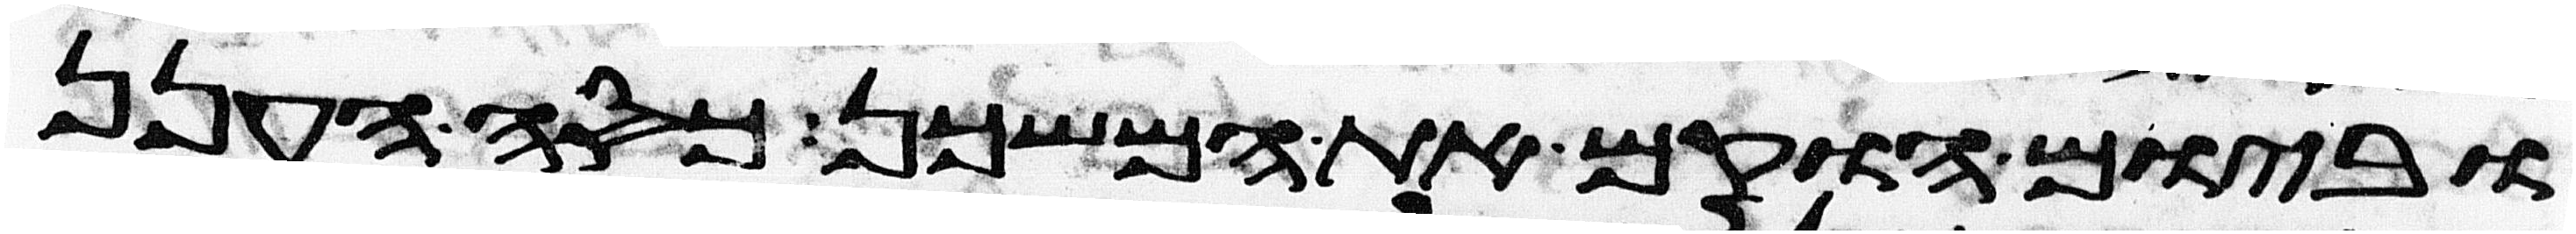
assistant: וביום הוקם את המשכן כסה הענן